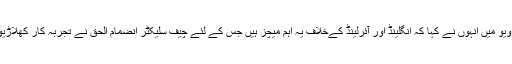
گزشتہ روز ایک انٹرویو میں انہوں نے کہا کہ انگلینڈ اور آئرلینڈ کےخلاف یہ اہم میچز ہیں جس کے لئے چیف سلیکٹر انضمام الحق نے تجربہ کار کھلاڑیوں کو نظر انداز کیا ۔